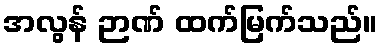
အလွန် ဉာဏ် ထက်မြက်သည်။